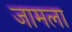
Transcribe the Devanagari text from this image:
जामला